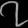
Digit: ၇